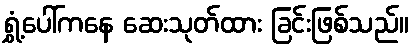
ရွှံ့ပေါ်ကနေ ဆေးသုတ်ထား ခြင်းဖြစ်သည်။